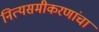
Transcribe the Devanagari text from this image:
नित्यसमीकरणांचा